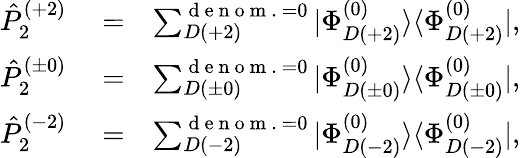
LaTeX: \begin{array}{rlr}{\hat{P}_{2}^{(+2)}}&{{}=}&{\sum_{D(+2)}^{{\mathrm{~d~e~n~o~m~.~}=0}}|\Phi_{D(+2)}^{(0)}\rangle\langle\Phi_{D(+2)}^{(0)}|,}\\ {\hat{P}_{2}^{(\pm 0)}}&{{}=}&{\sum_{D(\pm 0)}^{{\mathrm{~d~e~n~o~m~.~}=0}}|\Phi_{D(\pm 0)}^{(0)}\rangle\langle\Phi_{D(\pm 0)}^{(0)}|,}\\ {\hat{P}_{2}^{(-2)}}&{{}=}&{\sum_{D(-2)}^{{\mathrm{~d~e~n~o~m~.~}=0}}|\Phi_{D(-2)}^{(0)}\rangle\langle\Phi_{D(-2)}^{(0)}|,}\end{array}